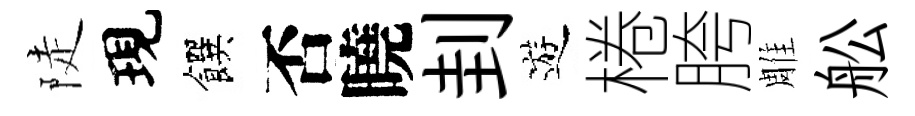
陡現饌否曉刲遊棬胯雕舩